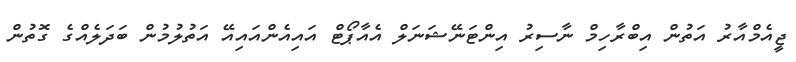
ޖީއެމްއާރު އަތުން އިބްރާހިމް ނާސިރު އިންޓަނޭޝަނަލް އެއާޕޯޓް އައިއެންއައިއޭ އަތުލުމުން ބަދަލެއްގެ ގޮތުން